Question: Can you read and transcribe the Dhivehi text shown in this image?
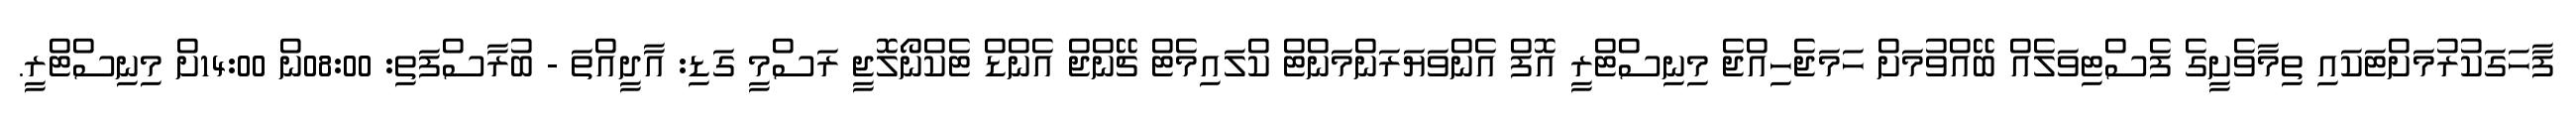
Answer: ފާހަގަކުރުމަށްޓަކައި ތިމާވެށީގެ ފެސްޓިވަލެއް ބޭއްވުމަށް ހަމަޖެހިއްޖެ މިނިސްޓްރީ އޮފް އެންވަޔަރަންމަންޓް ކްލައިމެޓް ޗޭންޖް އެންޑް ޓެކްނޯލޮޖީ ރަސްމީ ގަޑި: އާދީއްތަ - ބުރާސްފަތި: 08:00ން 14:00ށް މިނިސްޓްރީ.